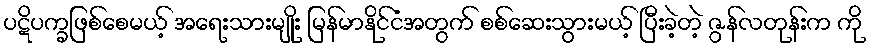
ပဋိပက္ခဖြစ်စေမယ့် အရေးသားမျိုး မြန်မာနိုင်ငံအတွက် စစ်ဆေးသွားမယ့် ပြီးခဲ့တဲ့ ဇွန်လတုန်းက ကို